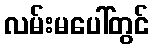
လမ်းမပေါ်တွင်